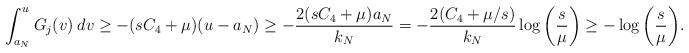
LaTeX: \begin{align*}\int_{a_N}^u G_j(v) \: dv \geq -(s C_4 + \mu)(u - a_N) \geq -\frac{2 (s C_4 + \mu) a_N}{k_N} = -\frac{2(C_4 + \mu/s)}{k_N} \log \bigg( \frac{s}{\mu} \bigg) \geq -\log \bigg( \frac{s}{\mu} \bigg).\end{align*}